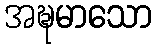
အဍ္ဎမာသော